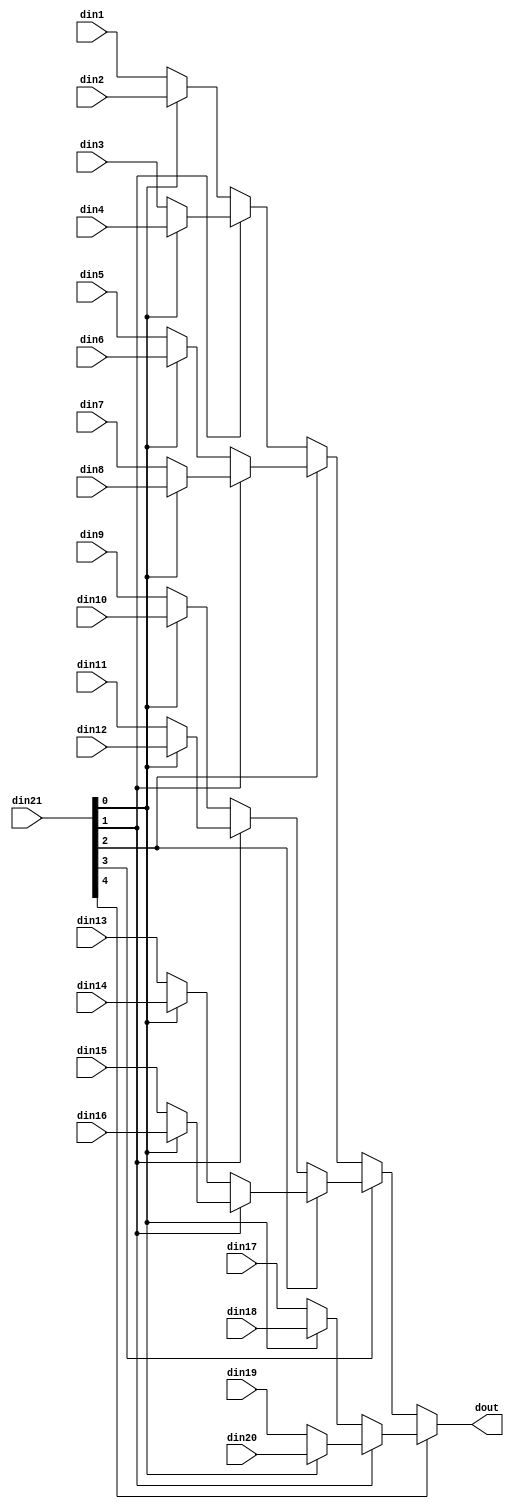
// ==============================================================
// File generated by Vivado(TM) HLS - High-Level Synthesis from C, C++ and SystemC
// Version: 2015.4
// Copyright (C) 2015 Xilinx Inc. All rights reserved.
// 
// ==============================================================


`timescale 1ns/1ps

module decode_block_mux_20to1_sel5_32_1 #(
parameter
    ID                = 0,
    NUM_STAGE         = 1,
    din1_WIDTH       = 32,
    din2_WIDTH       = 32,
    din3_WIDTH       = 32,
    din4_WIDTH       = 32,
    din5_WIDTH       = 32,
    din6_WIDTH       = 32,
    din7_WIDTH       = 32,
    din8_WIDTH       = 32,
    din9_WIDTH       = 32,
    din10_WIDTH       = 32,
    din11_WIDTH       = 32,
    din12_WIDTH       = 32,
    din13_WIDTH       = 32,
    din14_WIDTH       = 32,
    din15_WIDTH       = 32,
    din16_WIDTH       = 32,
    din17_WIDTH       = 32,
    din18_WIDTH       = 32,
    din19_WIDTH       = 32,
    din20_WIDTH       = 32,
    din21_WIDTH         = 32,
    dout_WIDTH            = 32
)(
    input  [31 : 0]     din1,
    input  [31 : 0]     din2,
    input  [31 : 0]     din3,
    input  [31 : 0]     din4,
    input  [31 : 0]     din5,
    input  [31 : 0]     din6,
    input  [31 : 0]     din7,
    input  [31 : 0]     din8,
    input  [31 : 0]     din9,
    input  [31 : 0]     din10,
    input  [31 : 0]     din11,
    input  [31 : 0]     din12,
    input  [31 : 0]     din13,
    input  [31 : 0]     din14,
    input  [31 : 0]     din15,
    input  [31 : 0]     din16,
    input  [31 : 0]     din17,
    input  [31 : 0]     din18,
    input  [31 : 0]     din19,
    input  [31 : 0]     din20,
    input  [4 : 0]    din21,
    output [31 : 0]   dout);

// puts internal signals
wire [4 : 0]     sel;
// level 1 signals
wire [31 : 0]         mux_1_0;
wire [31 : 0]         mux_1_1;
wire [31 : 0]         mux_1_2;
wire [31 : 0]         mux_1_3;
wire [31 : 0]         mux_1_4;
wire [31 : 0]         mux_1_5;
wire [31 : 0]         mux_1_6;
wire [31 : 0]         mux_1_7;
wire [31 : 0]         mux_1_8;
wire [31 : 0]         mux_1_9;
// level 2 signals
wire [31 : 0]         mux_2_0;
wire [31 : 0]         mux_2_1;
wire [31 : 0]         mux_2_2;
wire [31 : 0]         mux_2_3;
wire [31 : 0]         mux_2_4;
// level 3 signals
wire [31 : 0]         mux_3_0;
wire [31 : 0]         mux_3_1;
wire [31 : 0]         mux_3_2;
// level 4 signals
wire [31 : 0]         mux_4_0;
wire [31 : 0]         mux_4_1;
// level 5 signals
wire [31 : 0]         mux_5_0;

assign sel = din21;

// Generate level 1 logic
assign mux_1_0 = (sel[0] == 0)? din1 : din2;
assign mux_1_1 = (sel[0] == 0)? din3 : din4;
assign mux_1_2 = (sel[0] == 0)? din5 : din6;
assign mux_1_3 = (sel[0] == 0)? din7 : din8;
assign mux_1_4 = (sel[0] == 0)? din9 : din10;
assign mux_1_5 = (sel[0] == 0)? din11 : din12;
assign mux_1_6 = (sel[0] == 0)? din13 : din14;
assign mux_1_7 = (sel[0] == 0)? din15 : din16;
assign mux_1_8 = (sel[0] == 0)? din17 : din18;
assign mux_1_9 = (sel[0] == 0)? din19 : din20;

// Generate level 2 logic
assign mux_2_0 = (sel[1] == 0)? mux_1_0 : mux_1_1;
assign mux_2_1 = (sel[1] == 0)? mux_1_2 : mux_1_3;
assign mux_2_2 = (sel[1] == 0)? mux_1_4 : mux_1_5;
assign mux_2_3 = (sel[1] == 0)? mux_1_6 : mux_1_7;
assign mux_2_4 = (sel[1] == 0)? mux_1_8 : mux_1_9;

// Generate level 3 logic
assign mux_3_0 = (sel[2] == 0)? mux_2_0 : mux_2_1;
assign mux_3_1 = (sel[2] == 0)? mux_2_2 : mux_2_3;
assign mux_3_2 = mux_2_4;

// Generate level 4 logic
assign mux_4_0 = (sel[3] == 0)? mux_3_0 : mux_3_1;
assign mux_4_1 = mux_3_2;

// Generate level 5 logic
assign mux_5_0 = (sel[4] == 0)? mux_4_0 : mux_4_1;

// output logic
assign dout = mux_5_0;

endmodule